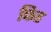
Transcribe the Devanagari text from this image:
फिड